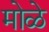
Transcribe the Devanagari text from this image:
मोळे